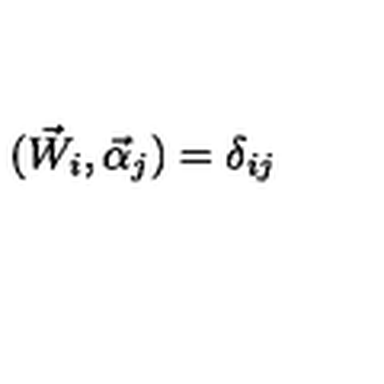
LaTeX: ( { \vec { W } } _ { i } , { \vec { \alpha } } _ { j } ) = \delta _ { i j }